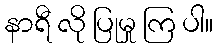
နာရီ လို ပြုမှု ကြ ပါ။